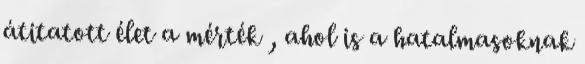
átitatott élet a mérték , ahol is a hatalmasoknak